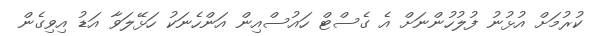
ކުރުމަށް އުޅުނު ފުލުހުންނަށް އެ ގެސްޓް ހައުސްއިން އަންހެނަކު ހަޅޭލަވާ އަޑު އިވިގެން